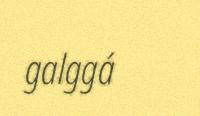
galggá